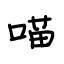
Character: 喵